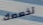
تخصصك